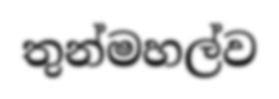
තුන්මහල්ව